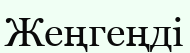
Жеңгеңді